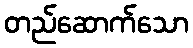
တည်ဆောက်သော